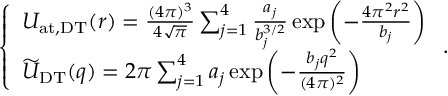
\begin{array} { r } { \left\{ \begin{array} { l l } { U _ { \mathrm { a t , D T } } ( r ) = { \frac { ( 4 \pi ) ^ { 3 } } { 4 \sqrt { \pi } } } \sum _ { j = 1 } ^ { 4 } { \frac { a _ { j } } { b _ { j } ^ { 3 / 2 } } } \exp \left( - { \frac { 4 \pi ^ { 2 } r ^ { 2 } } { b _ { j } } } \right) } \\ { \widetilde { U } _ { \mathrm { D T } } ( q ) = 2 \pi \sum _ { j = 1 } ^ { 4 } a _ { j } \exp \left( - { \frac { b _ { j } q ^ { 2 } } { ( 4 \pi ) ^ { 2 } } } \right) } \end{array} \right. . } \end{array}